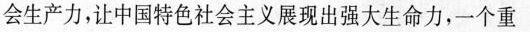
会生产力，让中国特色社会主义展现出强大生命力，一个重